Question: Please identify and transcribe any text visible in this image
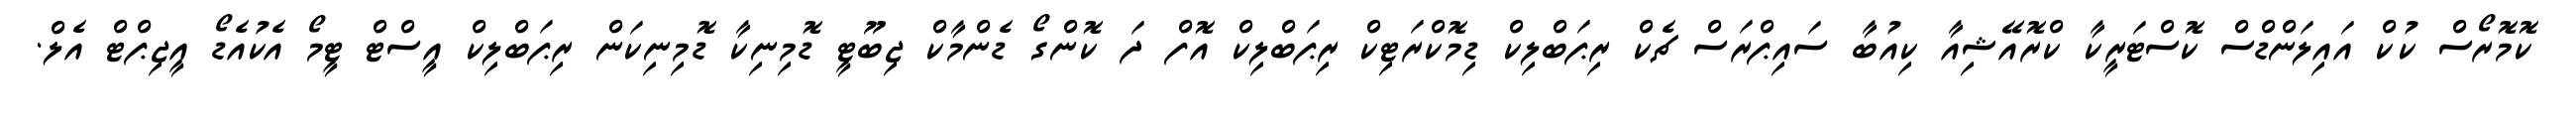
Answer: ކޮމޮރޯސް ކުކް އައިލަންޑްސް ކޮސްޓަރީކާ ކްރޮއޭޝިއާ ކިއުބާ ސައިޕްރަސް ޗެކް ރިޕަބްލިކް ޑިމޮކްރަޓިކް ރިޕަބްލިކް އޮފް ދަ ކޮންގޯ ޑެންމާކް ޖިބޫޓީ ޑޮމިނިކާ ޑޮމިނިކަން ރިޕަބްލިކް އީސްޓް ޓީމޯ އެކުއެޑޯ އީޖިޕްޓް އެލް.